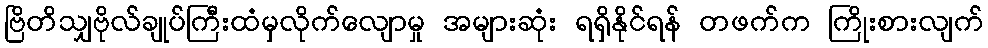
ဗြိတိသျှဗိုလ်ချုပ်ကြီးထံမှလိုက်လျောမှု အများဆုံး ရရှိနိုင်ရန် တဖက်က ကြိုးစားလျက်